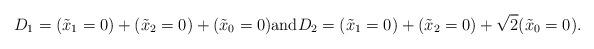
LaTeX: \begin{align*}D_1 = (\tilde{x}_1=0) + (\tilde{x}_2=0) + (\tilde{x}_0=0) \mbox{and} D_2 = (\tilde{x}_1=0) + (\tilde{x}_2=0) + \sqrt{2} (\tilde{x}_0=0).\end{align*}